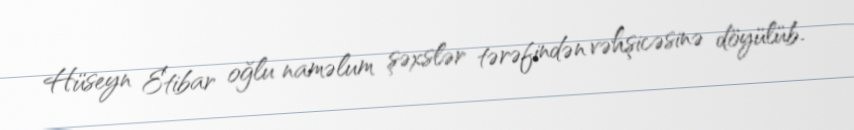
Hüseyn Etibar oğlu naməlum şəxslər tərəfindən vəhşicəsinə döyülüb.